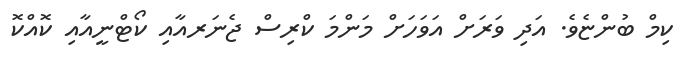
ކިމް ބުންޏެވެ. އަދި ވަރަށް އަވަހަށް މަންމަ ކްރިސް ޖެނަރއާއި ކޯޓްނީއާއި ކޮއްކޮ